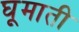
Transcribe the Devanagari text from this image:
घूमाती